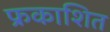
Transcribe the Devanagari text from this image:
फ्रकाशित